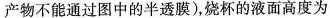
产物不能通过图中的半透膜)，烧杯的液面高度为